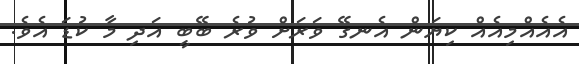
އެއެއްމިއެއް ކިޔަން އެނގޭ ވަރަށް ވުރެ ބޭބީ އަދި މާ ކުޑަ އެވެ.